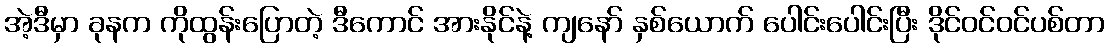
အဲ့ဒီမှာ ခုနက ကိုထွန်းပြောတဲ့ ဒီကောင် အားနိုင်နဲ့ ကျနော် နှစ်ယောက် ပေါင်းပေါင်းပြီး ဒိုင်ဝင်ဝင်ပစ်တာ